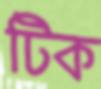
টিক